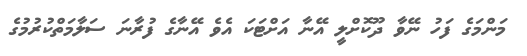
މަންމަގެ ފަހު ނޭވާ ދޫކޮށްލީ އޭނާ އަށްޓަކަ އެވެ އޭނާގެ ފުރާނަ ސަލާމަތްކުރުމުގެ